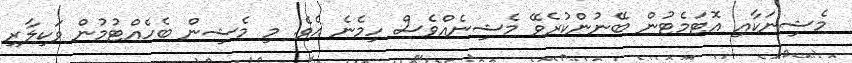
މެޝިނަކާއި އޮޓަމެޓުން ބޭނުންކުރެވޭ މެޝިނެއްވެސް ހިމެނެ އެވެ. މި މެޝިން ބެހެއްޓުމުން ވަކިލާރި